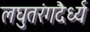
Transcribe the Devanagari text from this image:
लघुतरंगदैर्ध्य